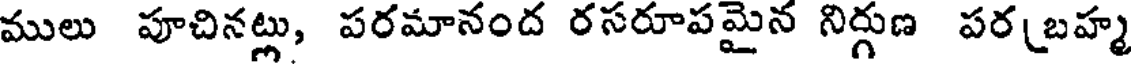
ములు పూచినట్లు, పరమానంద రసరూపమైన నిర్గుణ పర(బహ్మ